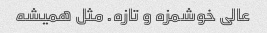
عالی خوشمزه و تازه. مثل همیشه